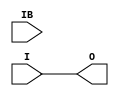
`ifdef verilator3
`else
`timescale 1 ps / 1 ps
`endif
//
// IBUFDS primitive for Xilinx FPGAs
// Compatible with Verilator tool (www.veripool.org)
// Copyright (c) 2019-2022 Frdric REQUIN
// License : BSD
//

/* verilator coverage_off */
module IBUFDS
#(
    parameter CAPACITANCE      = "DONT_CARE",
    parameter DIFF_TERM        = "FALSE",
    parameter DQS_BIAS         = "FALSE",
    parameter IBUF_DELAY_VALUE = "0",
    parameter IBUF_LOW_PWR     = "TRUE",
    parameter IFD_DELAY_VALUE  = "AUTO",
    parameter IOSTANDARD       = "DEFAULT"
)
(
    // Clock input
    input  I,
    input  IB,
    // Clock outputs
    output O /* verilator clocker */
);

    assign O = I;
    
endmodule
/* verilator coverage_on */